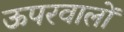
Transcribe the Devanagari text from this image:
ऊपरवालों